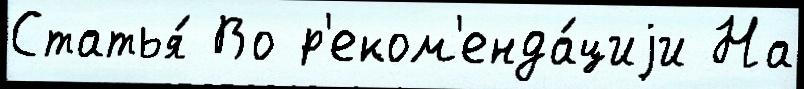
Статья́ Во р'еком'енда́циjи На